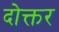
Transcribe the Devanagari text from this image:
दोक्तर